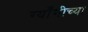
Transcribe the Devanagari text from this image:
ग्याँगीच्या